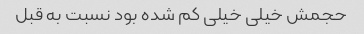
حجمش خیلی خیلی کم شده بود نسبت به قبل